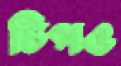
টিপও